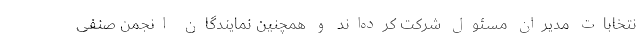
نتخابات مدیران مسئول شرکت کرده‌اند و همچنین نمایندگان انجمن صنفی